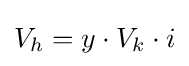
V_{h}=y\cdot V_{k}\cdot i